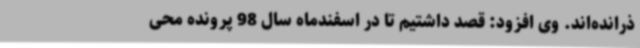
ذرانده‌اند. وی افزود: قصد داشتیم تا در اسفندماه سال 98 پرونده محی